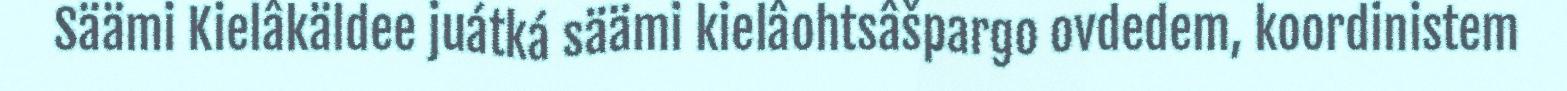
Säämi Kielâkäldee juátká säämi kielâohtsâšpargo ovdedem, koordinistem